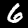
Label: 6